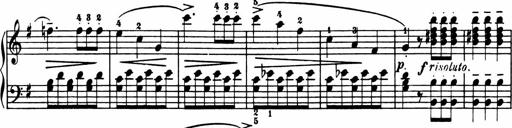
Title: Sonatina in G major
Composer: Friedrich Kuhlau
Key: G major